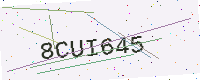
Text: 8CUI645